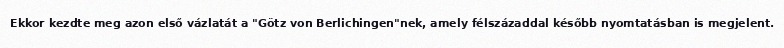
Ekkor kezdte meg azon első vázlatát a "Götz von Berlichingen"nek, amely félszázaddal később nyomtatásban is megjelent.